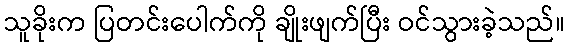
သူခိုးက ပြတင်းပေါက်ကို ချိုးဖျက်ပြီး ဝင်သွားခဲ့သည်။